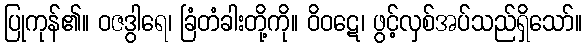
ပြုကုန်၏။ ဝဇဒွါရေ၊ ခြံတံခါးတို့ကို။ ဝိဝဋေ၊ ဖွင့်လှစ်အပ်သည်ရှိသော်။